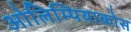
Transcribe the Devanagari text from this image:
ओलिम्पियाकोस